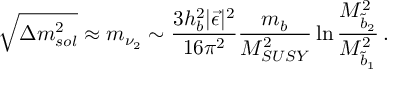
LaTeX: \sqrt { \Delta m _ { s o l } ^ { 2 } } \approx m _ { \nu _ { 2 } } \sim { \frac { 3 h _ { b } ^ { 2 } | \vec { \epsilon } | ^ { 2 } } { 1 6 \pi ^ { 2 } } } { \frac { m _ { b } } { M _ { S U S Y } ^ { 2 } } } \ln { \frac { M _ { \tilde { b } _ { 2 } } ^ { 2 } } { M _ { \tilde { b } _ { 1 } } ^ { 2 } } } \, .